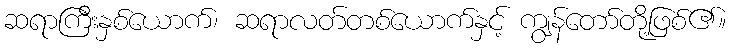
ဆရာကြီးနှစ်ယောက်၊ ဆရာလတ်တစ်ယောက်နှင့် ကျွန်တော်တို့ဖြစ်၏။